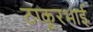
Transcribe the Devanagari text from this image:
ठाकूरभाई